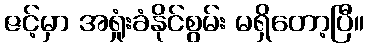
ဇင့်မှာ အရှုံးခံနိုင်စွမ်း မရှိတော့ပြီ။